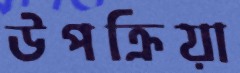
উপক্রিয়া